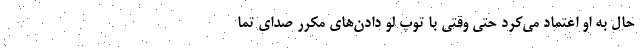
حال به او اعتماد می‌کرد حتی وقتی با توپ لو دادن‌های مکرر صدای تما